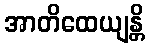
အာတိထေယျန္တိ